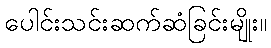
ပေါင်းသင်းဆက်ဆံခြင်းမျိုး။